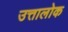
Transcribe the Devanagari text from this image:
उत्तालोक